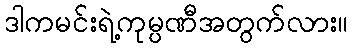
ဒါကမင်းရဲ့ကုမ္ပဏီအတွက်လား။